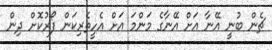
ޗެން ބުނީ އޭނާ އަށް އޭނާގެ މަންމަ އަށް އެހީތެރިކަން ފޯރުކޮށް ދިން